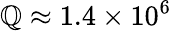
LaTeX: \mathbb{Q}\approx1.4\times10^{6}